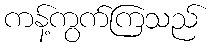
ကန့်ကွက်ကြသည်